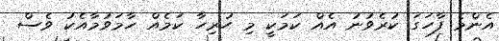
އެންމެ ފާހަގަ ކުރެވުނު އެއް ކަމަކީ މި ހުރިހާ ކަމެއް ހާމަވުމާއެކު ވެސް